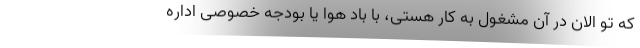
که تو الان در آن مشغول به کار هستی، با باد هوا یا بودجه خصوصی اداره